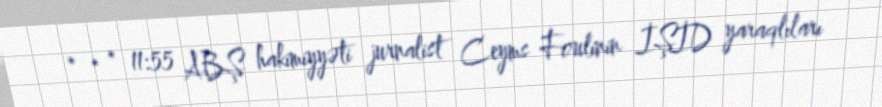
* * * 11:55 ABŞ hakimiyyəti jurnalist Ceyms Foulinin İŞİD yaraqlıları